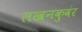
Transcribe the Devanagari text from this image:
लखनकुवंर